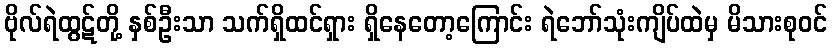
ဗိုလ်ရဲထွဋ်တို့ နှစ်ဦးသာ သက်ရှိထင်ရှား ရှိနေတော့ကြောင်း ရဲဘော်သုံးကျိပ်ထဲမှ မိသားစုဝင်